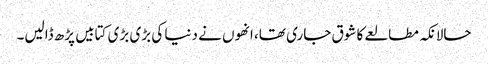
حالانکہ مطالعے کا شوق جاری تھا، انھوں نے دنیا کی بڑی بڑی کتابیں پڑھ ڈالیں۔